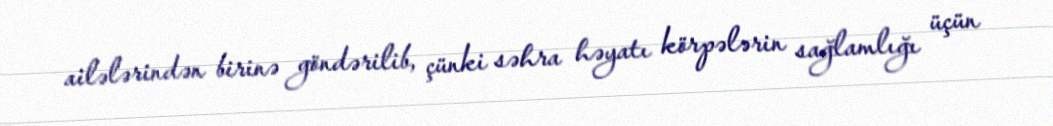
ailələrindən birinə göndərilib, çünki səhra həyatı körpələrin sağlamlığı üçün